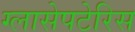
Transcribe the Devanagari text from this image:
ग्लासेपटेरिस